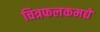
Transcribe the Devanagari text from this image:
चित्रफलकमद्ये